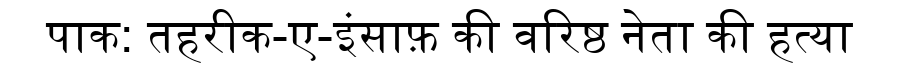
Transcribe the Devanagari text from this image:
पाक: तहरीक-ए-इंसाफ़ की वरिष्ठ नेता की हत्या